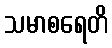
သမာစရေတိ